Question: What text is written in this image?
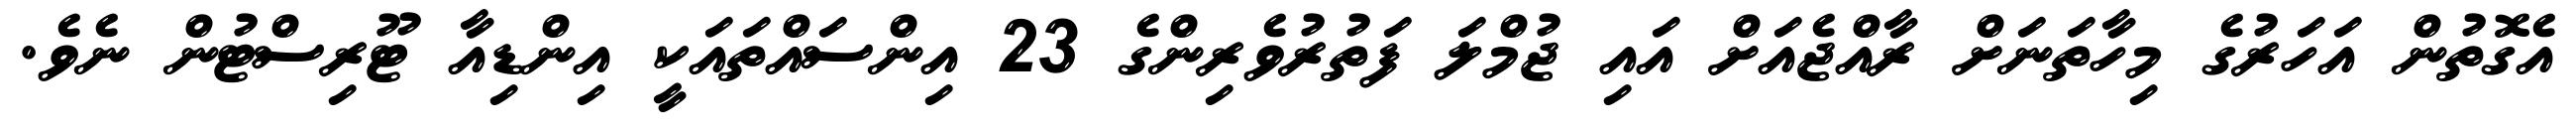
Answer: އެގޮތުން އަހަރުގެ މިހާތަނަށް ރާއްޖެއަށް އައި ޖުމްލަ ފަތުރުވެރިންގެ 23 އިންސައްތައަކީ އިންޑިއާ ޓޫރިސްޓުން ނެވެ.